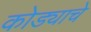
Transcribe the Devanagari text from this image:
कोड्याचे